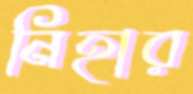
নিহার